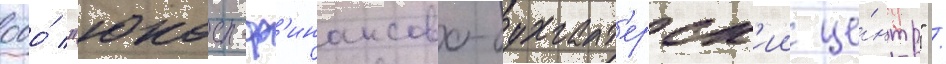
ооо́ "юкос-ф'инансово-бухгалт'ерск'ии це́нтр" /